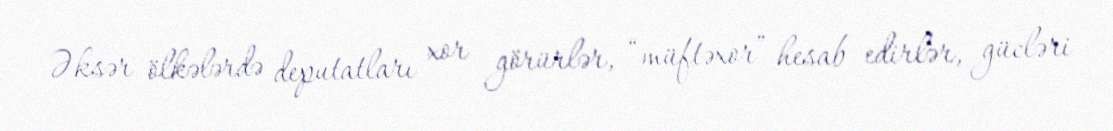
Əksər ölkələrdə deputatları xor görürlər, “müftəxor” hesab edirlər, gücləri